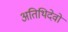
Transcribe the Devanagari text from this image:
अतिथिदेवो